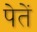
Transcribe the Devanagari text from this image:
पेतें